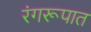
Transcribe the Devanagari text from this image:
रंगरूपात